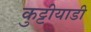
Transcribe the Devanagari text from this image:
कुट्टीयाडी